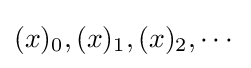
(x)_{0},(x)_{1},(x)_{2},\cdots